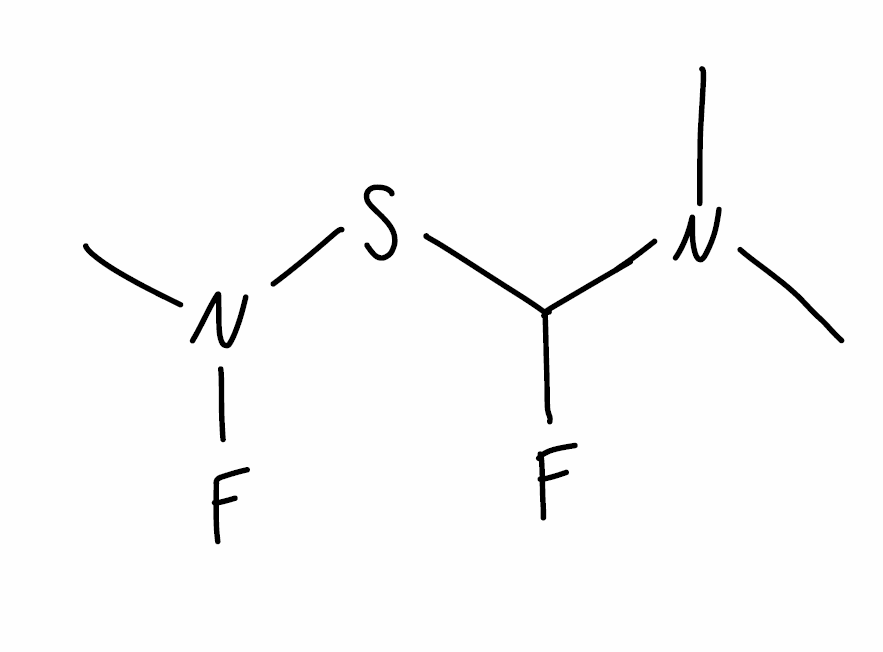
Simplified molecular-input line-entry system (SMILES) notation of the given molecule:
CN(C)C(F)SN(C)F